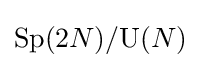
\mathrm {Sp} (2N)/\mathrm {U} (N)